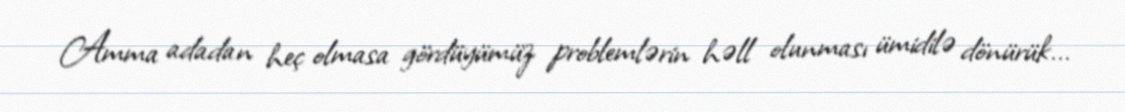
Amma adadan heç olmasa gördüyümüz problemlərin həll olunması ümidilə dönürük...